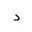
Letter: _dal